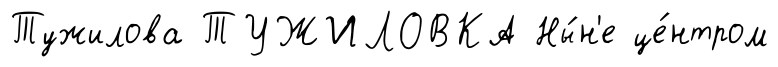
Тужилова ТУЖИЛОВКА Ны́н'е це́нтром